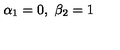
\alpha _ { 1 } = 0 , \ \beta _ { 2 } = 1